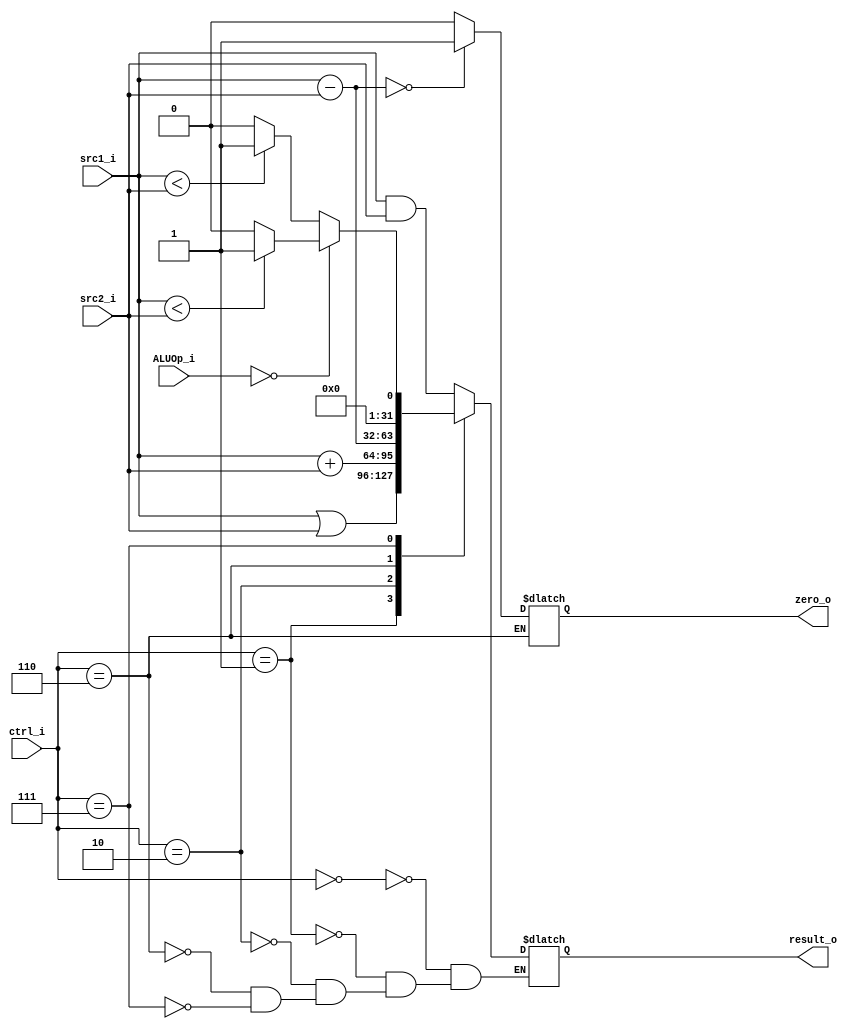
module ALU(
           src1_i,          // 32 bits source 1          (input)
           src2_i,          // 32 bits source 2          (input)
           ctrl_i,					// 4 bits ALU control input  (input)
           ALUOp_i,
           result_o,        // 32 bits result_o            (output)
           zero_o          // 1 bit when the output is 0, zero_o must be set (output)
           );

	input  [3-1:0] ALUOp_i;
	input  [32-1:0] src1_i;
	input  [32-1:0] src2_i;
	input   [4-1:0] ctrl_i;
	//input   [3-1:0] bonus_control; 

	output [32-1:0]	result_o;
	output          zero_o;

	reg    [32-1:0] result_o;   //may be use another wire to connect
	reg             zero_o;	

always@(*)
	begin
			case(ctrl_i)
				4'b0000:begin //bitwise AND
					result_o = src1_i & src2_i;
				end
				4'b0001:begin //bitwise OR
					result_o = src1_i | src2_i;	
				end
				4'b0010:begin //Addition
					result_o = src1_i + src2_i;
				end
				4'b0110:begin //Subtraction
					result_o = src1_i - src2_i;
					zero_o = result_o == 0 ? 1 : 0;
				end
				4'b0111:begin //set less than
					if (ALUOp_i==3'b000) begin
						result_o = $signed(src1_i) < $signed(src2_i) ? 1 : 0;
					end
					else begin
						result_o = src1_i < src2_i ? 1 : 0;
					end
				
				end
				default:begin
				end
			endcase
	end

endmodule